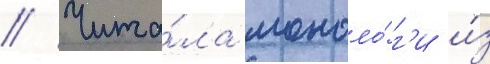
// Чита́ла моноло́г'и и́з